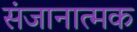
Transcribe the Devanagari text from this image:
संजानात्मक